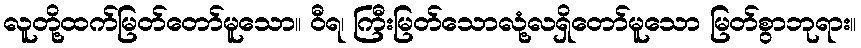
လူတို့ထက်မြတ်တော်မူသော။ ဝီရ၊ ကြီးမြတ်သောလုံ့လရှိတော်မူသော မြတ်စွာဘုရား။